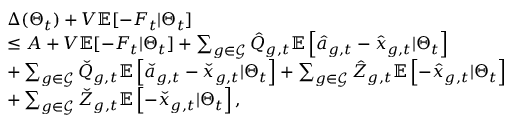
\begin{array} { r l } & { \Delta ( \boldsymbol { \Theta } _ { t } ) + V \mathbb { E } [ - F _ { t } | \boldsymbol { \Theta } _ { t } ] } \\ & { \leq A + V \mathbb { E } [ - F _ { t } | \boldsymbol { \Theta } _ { t } ] + \sum _ { g \in { \mathcal { G } } } \hat { Q } _ { g , t } \mathbb { E } \left[ \hat { a } _ { g , t } - \hat { x } _ { g , t } | \boldsymbol { \Theta } _ { t } \right] } \\ & { + \sum _ { g \in { \mathcal { G } } } \check { Q } _ { g , t } \mathbb { E } \left[ \check { a } _ { g , t } - \check { x } _ { g , t } | \boldsymbol { \Theta } _ { t } \right] + \sum _ { g \in { \mathcal { G } } } \hat { Z } _ { g , t } \mathbb { E } \left[ - \hat { x } _ { g , t } | \boldsymbol { \Theta } _ { t } \right] } \\ & { + \sum _ { g \in { \mathcal { G } } } \check { Z } _ { g , t } \mathbb { E } \left[ - \check { x } _ { g , t } | \boldsymbol { \Theta } _ { t } \right] , } \end{array}